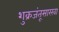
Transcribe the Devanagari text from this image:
शुक्रजंतूसारखा